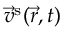
\vec { v } ^ { \mathrm { s } } ( \vec { r } , t )